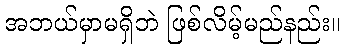
အဘယ်မှာမရှိဘဲ ဖြစ်လိမ့်မည်နည်း။